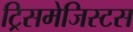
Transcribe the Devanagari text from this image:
ट्रिसमेजिस्टस